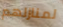
لمنازلهم